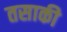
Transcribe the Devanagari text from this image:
तसाकी